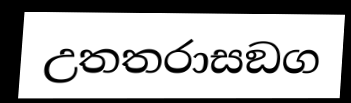
උතතරාසඞග